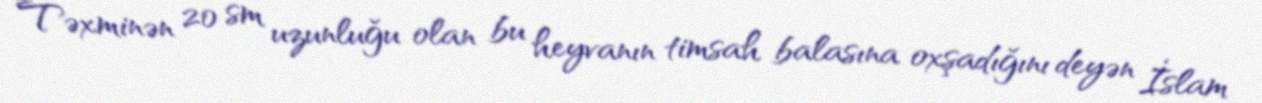
Təxminən 20 sm uzunluğu olan bu heyvanın timsah balasına oxşadığını deyən İslam